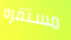
مستقره